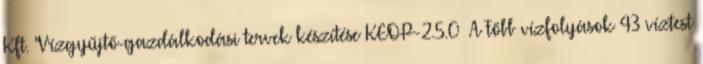
Kft. "Vízgyűjtő-gazdálkodási tervek készítése KEOP-2.5.0 A Főbb vízfolyások 43 víztest